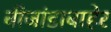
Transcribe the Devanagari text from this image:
बीजांडाबाहेर